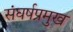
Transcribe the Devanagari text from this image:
संघर्षप्रमुख